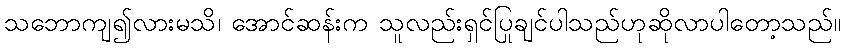
သဘောကျ၍လားမသိ၊ အောင်ဆန်းက သူလည်းရှင်ပြုချင်ပါသည်ဟုဆိုလာပါတော့သည်။